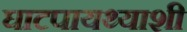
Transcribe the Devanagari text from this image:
घाटपायथ्याशी